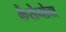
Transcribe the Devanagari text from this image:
कैसेनोवा